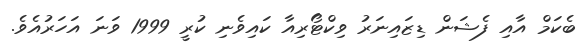
ބެކަމް އާއި ފެޝަން ޑިޒައިނަރު ވިކްޓޯރިއާ ކައިވެނި ކުރީ 1999 ވަނަ އަހަރުއެވެ.